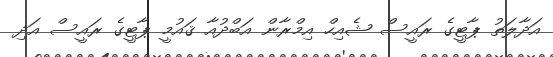
އަދާލަތު ޕާޓީގެ ރައީސް ޝެއިހް އިމްރާން އަބްދުއާ ޤައުމީ ޕާޓީގެ ރައީސް އަދި